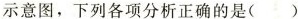
示意图，下列各项分析正确的是( )